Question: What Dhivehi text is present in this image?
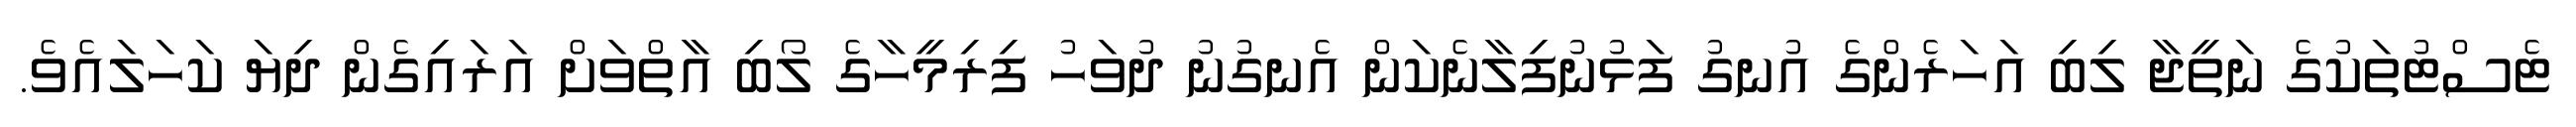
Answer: ޓެސްޓުތަކުގެ ނަތީޖާ ލިބި އަހަރެންގެ އުނގު ފަޅުނުފިލާނެކަން އެނގުނު ދުވަހު ފިރިމީހާގެ ލޯބި އާތްވަށް އަރައިގެން ދިޔަ ކަހަލައެވެ.